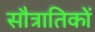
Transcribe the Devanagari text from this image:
सौत्रातिकों